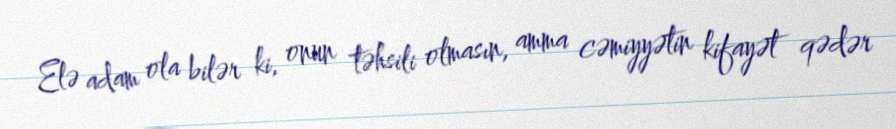
Elə adam ola bilər ki, onun təhsili olmasın, amma cəmiyyətin kifayət qədər